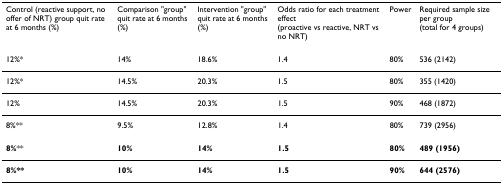
<table><thead><tr><td><b>Control (reactive support, no offer of NRT) group quit rate at 6 months (%)</b></td><td><b>Comparison &quot;group&quot; quit rate at 6 months (%)</b></td><td><b>Intervention &quot;group&quot; quit rate at 6 months (%)</b></td><td><b>Odds ratio for each treatment effect (proactive vs reactive, NRT vs no NRT)</b></td><td><b>Power</b></td><td><b>Required sample size per group (total for 4 groups)</b></td></tr></thead><tbody><tr><td>12%*</td><td>14%</td><td>18.6%</td><td>1.4</td><td>80%</td><td>536 (2142)</td></tr><tr><td>12%*</td><td>14.5%</td><td>20.3%</td><td>1.5</td><td>80%</td><td>355 (1420)</td></tr><tr><td>12%</td><td>14.5%</td><td>20.3%</td><td>1.5</td><td>90%</td><td>468 (1872)</td></tr><tr><td>8%**</td><td>9.5%</td><td>12.8%</td><td>1.4</td><td>80%</td><td>739 (2956)</td></tr><tr><td><b>8%</b>**</td><td><b>10%</b></td><td><b>14%</b></td><td><b>1.5</b></td><td><b>80%</b></td><td><b>489 (1956)</b></td></tr><tr><td><b>8%**</b></td><td><b>10%</b></td><td><b>14%</b></td><td><b>1.5</b></td><td><b>90%</b></td><td><b>644 (2576)</b></td></tr></tbody></table>